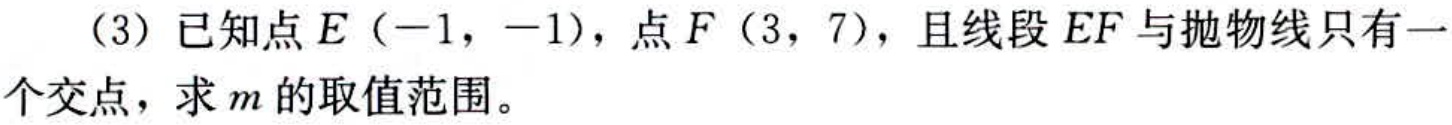
（3）已知点\(E（-1，-1）\)，点\(F（3，7）\)，且线段\(EF\)与抛物线只有一个交点，求\(m\)的取值范围。